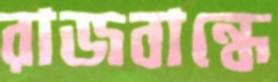
রাজবান্ধে